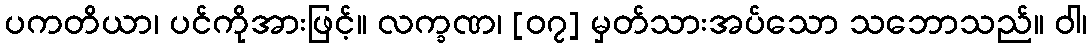
ပကတိယာ၊ ပင်ကိုအားဖြင့်။ လက္ခဏ၊ [၀၇] မှတ်သားအပ်သော သဘောသည်။ ဝါ၊